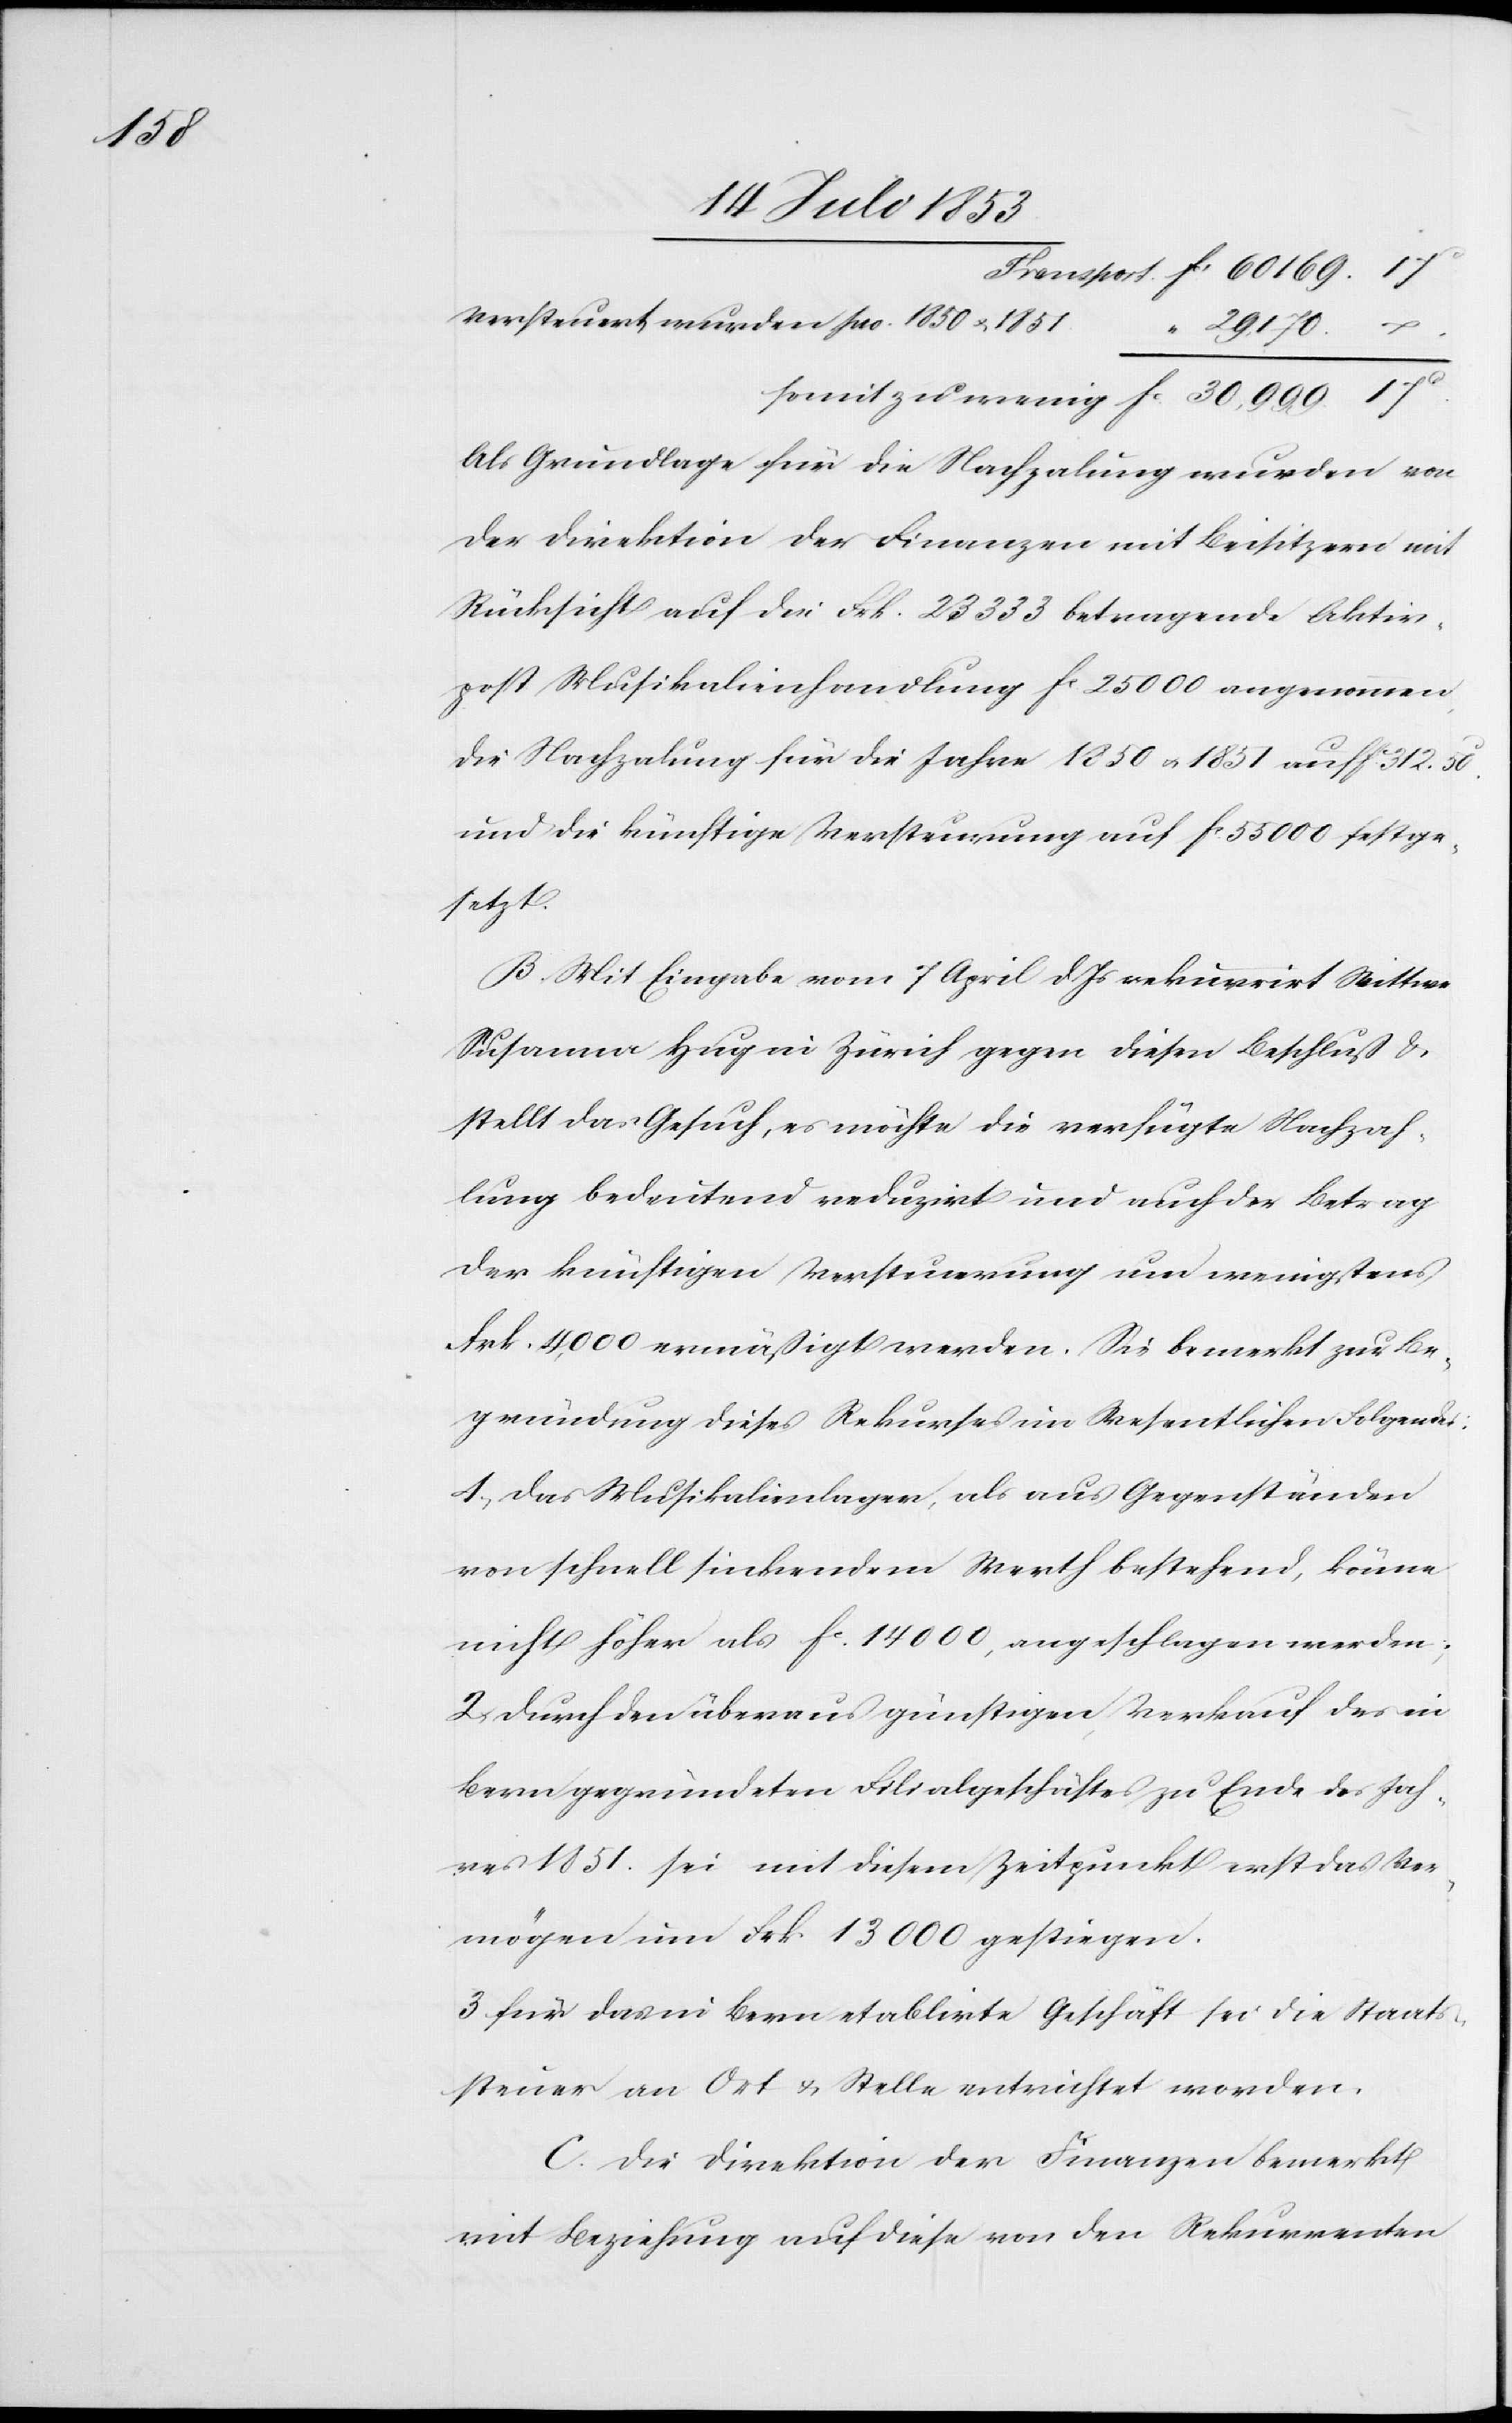
Versteuert wurden pro. 1850 u. 1851		“
29 170.
somit zu wenig	fc 30 999.17c
Als Grundlage für die Nachzahlung wurden von
der Direktion der Finanzen mit Beisitzern mit
Rücksicht auf die Frk. 23 333 betragende Aktiv¬
post Musikalienhandlung fr. 25 000 angenommen
die Nachzahlung für die Jahre 1850 u. 1851 auf fc 312.50c
und die künftige Versteuerung auf fc 55 000 festge¬
setzt.
B. Mit Eingabe vom 7 April d. Js. rekurrirt Wittwe
Susanna Hug in Zürich gegen diesen Beschluß u.
stellt das Gesuch, es möchte die verfügte Nachzah¬
lung bedeutend reduzirt und auch der Betrag
der künftigen Versteuerung um wenigstens
Frk. 4000 ermäßigt werden. Sie bemerkt zur Be¬
gründung dieses Rekurses im Wesentlichen Folgendes:
1, Das Musikalienlager, als aus Gegenständen
von schnell sinkendem Werth bestehend, könne
nicht höher als fc 14 000, angeschlagen werden;
2, Durch den überaus günstigen Verkauf des in
Bern gegründeten Filialgeschäftes zu Ende des Jah¬
res 1851 sei mit diesem Zeitpunkt erst das Ver¬
mögen um Frk. 13 000 gestiegen.
3, Für das in Bern etablirte Geschäft sei die Staats¬
steuer an Ort u. Stelle entrichtet worden.
C. Die Direktion der Finanzen bemerkt
mit Beziehung auf diese von den Rekurrenten